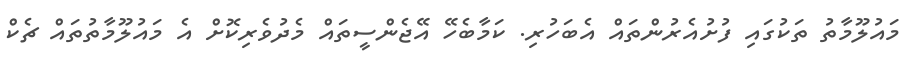
މައުލޫމާތު ތަކުގައި ފުށުއެރުންތައް އެބަހުރި. ކަމާބެހޭ އޭޖެންސީތައް މެދުވެރިކޮށް އެ މައުލޫމާތުތައް ޗެކް